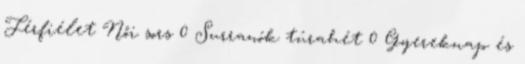
Férfiélet Női sors 0 Surranók túrahét 0 Gyereknap és